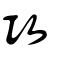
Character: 攻